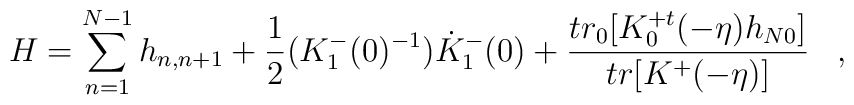
H=\sum^{N-1}_{n=1}h_{n,n+1}+\frac{1}{2} (K^{-}_{1}(0)^{-1})\dot{K}^{-}_{1}(0)+\frac{tr_{0}[K^{+t}_{0}(-\eta)h_{N0}]}{tr[K^{+}(-\eta)]}\;\;\;,